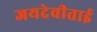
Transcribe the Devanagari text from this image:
जयदेवीताई